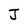
Character: J